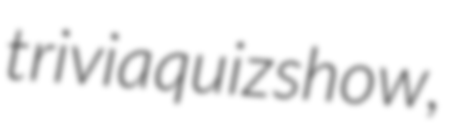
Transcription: trivia quiz show,